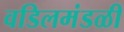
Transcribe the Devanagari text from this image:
वडिलमंडळी